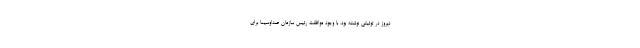
دیروز در توئیتی نوشته بود، با وجود موافقت رئیس سازمان صداوسیما برای